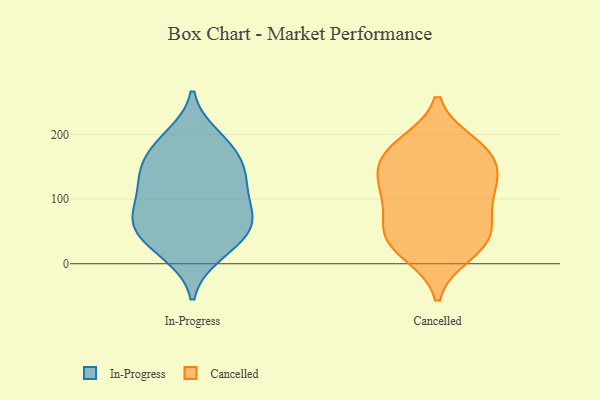
{"axis": {"x": "Headcount", "y": "Value"}, "legend": ["Cancelled", "In-Progress"], "data": [{"x": "", "y": 138, "type": "In-Progress"}, {"x": "", "y": 45, "type": "In-Progress"}, {"x": "", "y": 15, "type": "In-Progress"}, {"x": "", "y": 109, "type": "In-Progress"}, {"x": "", "y": 54, "type": "In-Progress"}, {"x": "", "y": 76, "type": "In-Progress"}, {"x": "", "y": 85, "type": "In-Progress"}, {"x": "", "y": 183, "type": "In-Progress"}, {"x": "", "y": 143, "type": "In-Progress"}, {"x": "", "y": 179, "type": "In-Progress"}, {"x": "", "y": 23, "type": "In-Progress"}, {"x": "", "y": 148, "type": "In-Progress"}, {"x": "", "y": 61, "type": "In-Progress"}, {"x": "", "y": 196, "type": "In-Progress"}, {"x": "", "y": 123, "type": "In-Progress"}, {"x": "", "y": 66, "type": "In-Progress"}, {"x": "", "y": 27, "type": "Cancelled"}, {"x": "", "y": 169, "type": "Cancelled"}, {"x": "", "y": 84, "type": "Cancelled"}, {"x": "", "y": 42, "type": "Cancelled"}, {"x": "", "y": 17, "type": "Cancelled"}, {"x": "", "y": 172, "type": "Cancelled"}, {"x": "", "y": 132, "type": "Cancelled"}, {"x": "", "y": 131, "type": "Cancelled"}, {"x": "", "y": 184, "type": "Cancelled"}, {"x": "", "y": 107, "type": "Cancelled"}, {"x": "", "y": 45, "type": "Cancelled"}, {"x": "", "y": 54, "type": "Cancelled"}, {"x": "", "y": 116, "type": "Cancelled"}, {"x": "", "y": 172, "type": "Cancelled"}]}